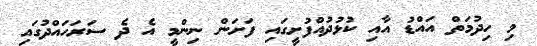
މި ހިދުމަތް އައްޑު އާއި ކުޅުދުއްފުށީގައި ފަށަން ނިންމީ އެ ދެ ސަރަހައްދުގައި